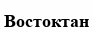
Востоктан